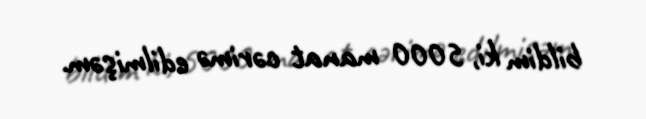
bildim ki, 5000 manat cərimə edilmişəm.